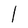
Character: l